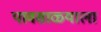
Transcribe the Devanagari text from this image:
पावसाळ्याला